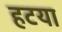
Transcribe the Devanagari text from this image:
हटया